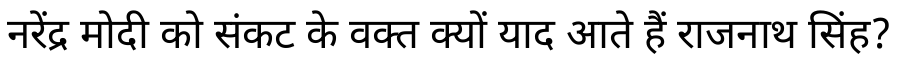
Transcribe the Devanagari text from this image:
नरेंद्र मोदी को संकट के वक्त क्यों याद आते हैं राजनाथ सिंह?